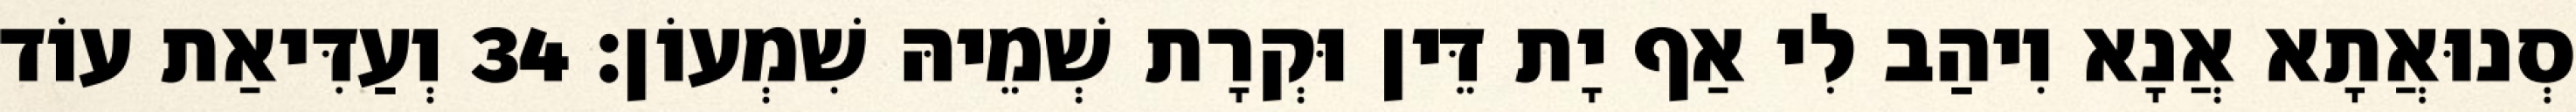
סְנוּאֲתָא אֲנָא וִיהַב לִי אַף יָת דֵּין וּקְרָת שְׁמֵיהּ שִׁמְעוֹן׃ 34 וְעַדִּיאַת עוֹד